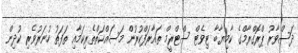
ދަސްވާރު ޕްރޮގްރާމްގެ ކާމިޔާބާ ޓިވެޓް ސްޓްރީމް ތައާރަފްކުރުން މަސައްކަތްތެރިކަމާއި ތަފަތު ހުނަރުވެރި ކުދިން